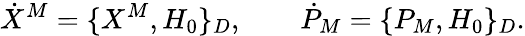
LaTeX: \dot{X}^{M}=\{ X^{M},H_{0}\} _{D},\qquad\dot{P}_{M}=\{ P_{M},H_{0}\} _{D}.